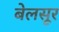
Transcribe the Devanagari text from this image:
बेलसूर